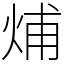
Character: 烳